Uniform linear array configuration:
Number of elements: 4
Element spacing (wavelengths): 0.25
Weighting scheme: uniform
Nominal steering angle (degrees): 15
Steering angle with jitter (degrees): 16.582
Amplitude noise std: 0.05
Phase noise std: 0.05

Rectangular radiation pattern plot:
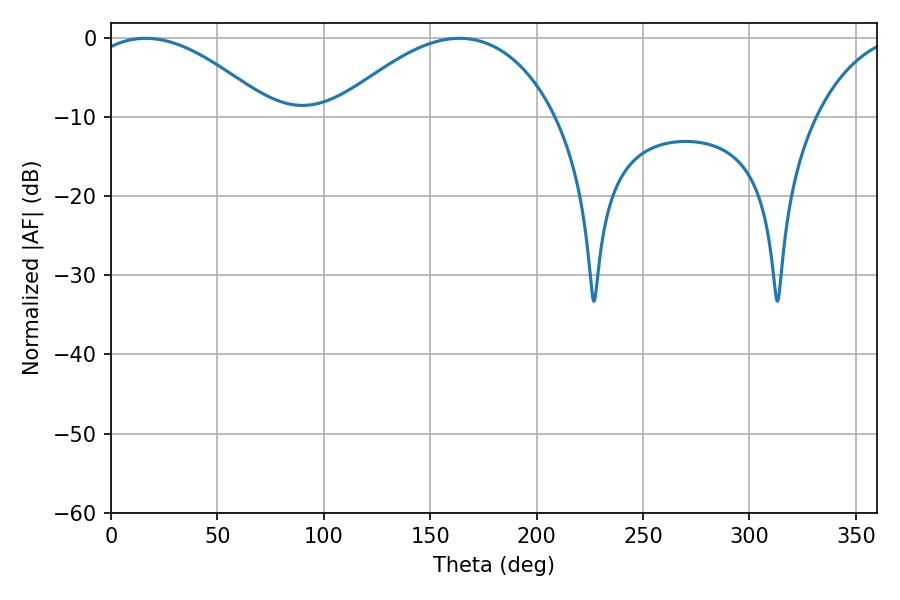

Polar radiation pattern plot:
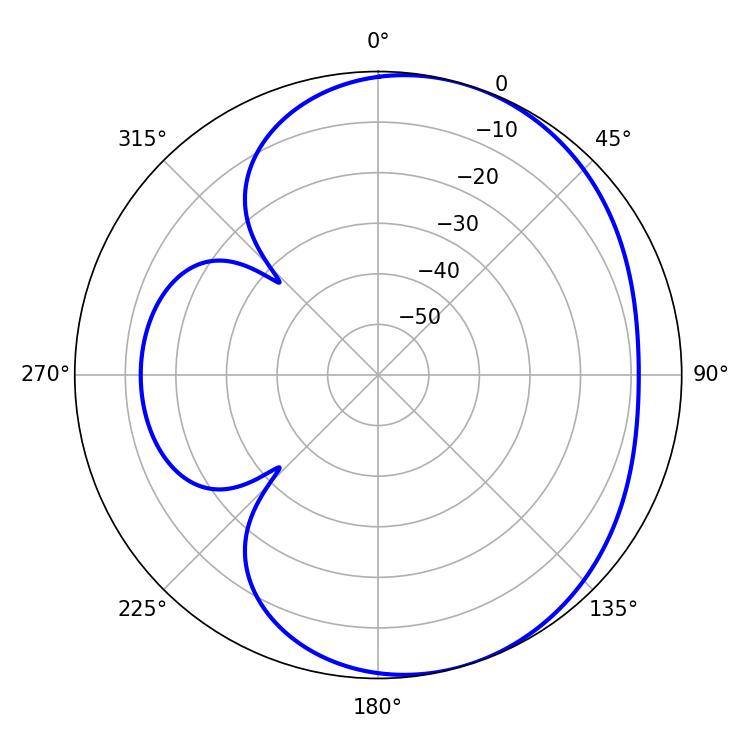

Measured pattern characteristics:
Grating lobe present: FALSE
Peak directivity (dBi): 4.448
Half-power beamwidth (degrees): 47.7
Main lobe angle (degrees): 16.2